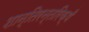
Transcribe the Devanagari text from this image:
शान्तिरन्तरिक्षँ